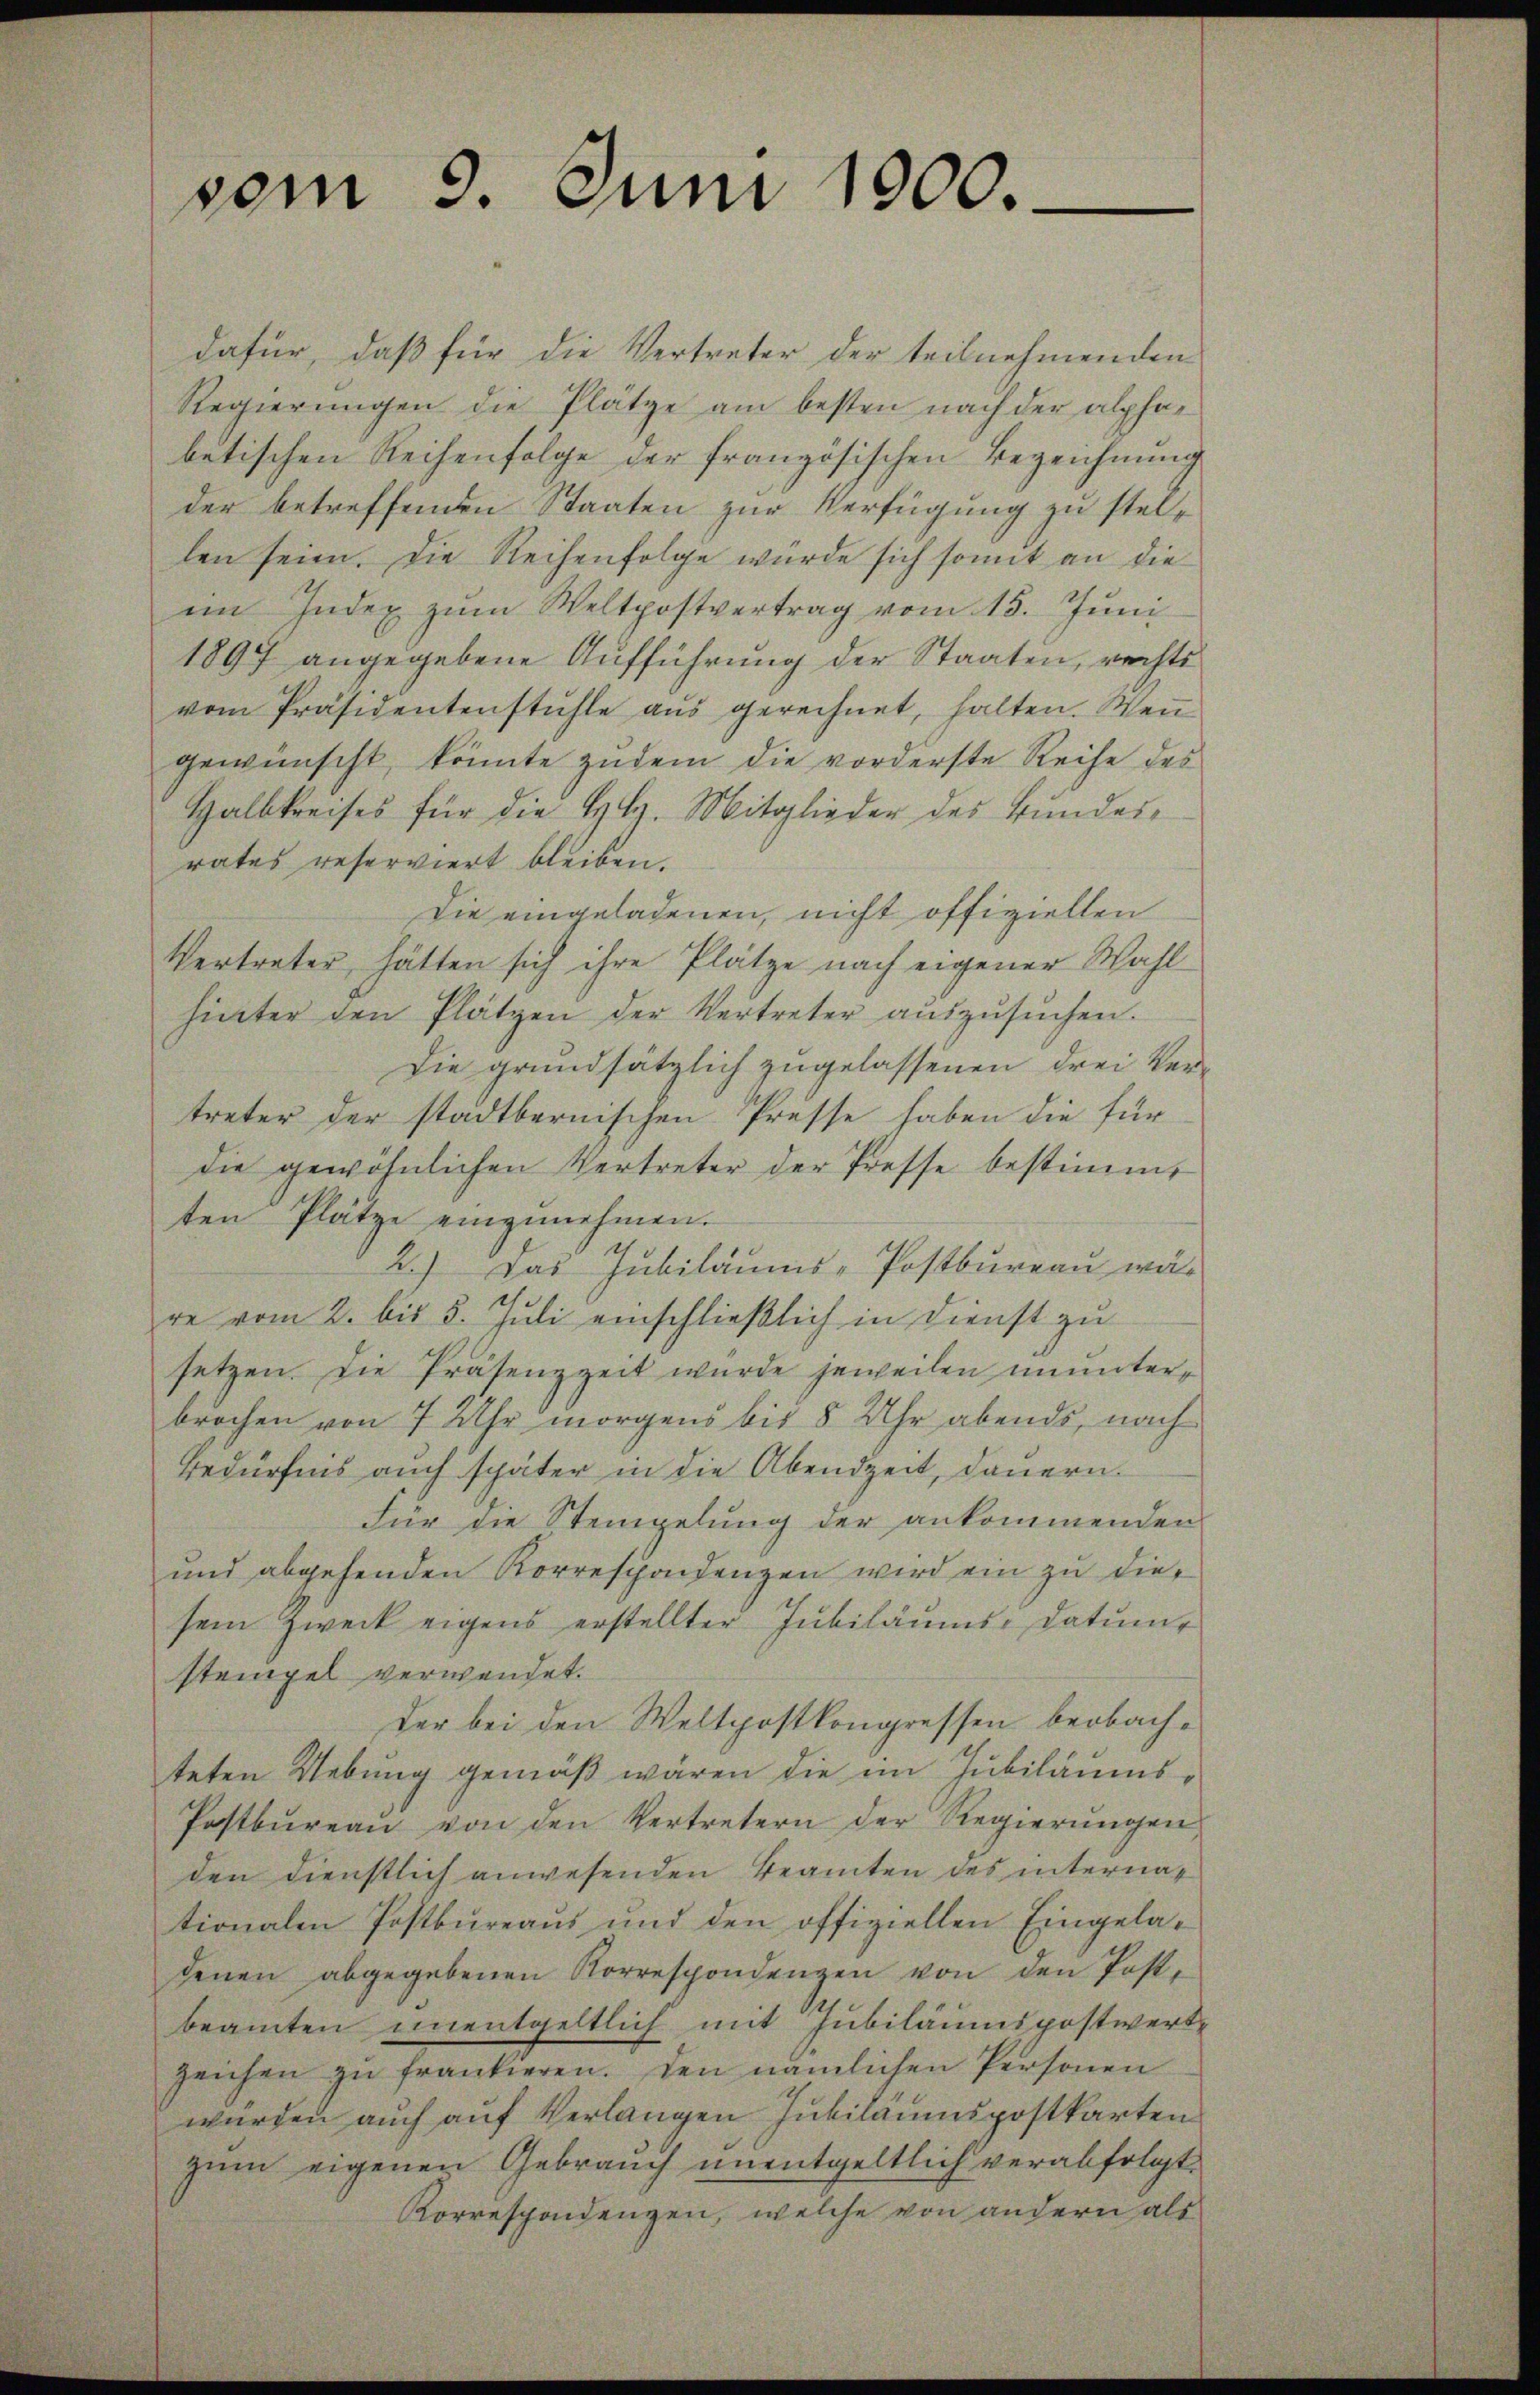
vom 9. Juni 1900.

dafür, daß für die Vertreter der teilnehmenden
Regierungen die Plätze am besten nach der alphabetischen Reihenfolge der französischen Bezeichnung
der betreffenden Staaten zur Verfügung zu stellen seien. Die Reihenfolge würde sich somit an die
im Index zŭm Weltpostvertrag vom 15. Juni
1897 angegebene Aufführung der Staaten, rechts
vom Präsidentenstühle aŭs gerechnet, halten. Weṅ
gewünscht, könnte zudem die vorderste Reihe des
Halbkreises für die H.H. Mitglieder des Bundesrates reserviert bleiben.
Die eingeladenen, nicht offiziellen
Vertreter, hätten sich ihre Plätze nach eigener Wahlhinter den Plätzen der Vertreter aŭszŭsŭchen.
Die grundsätzlich zugelassenen drei Vertreter der stadtbernischen Presse haben die für
die gewöhnlichen Vertreter der Presse bestimmt
ten Plätze einzunehmen.
2.) Das Jubiläums-Postbureau wä
e
re vom 2. bis 5. Juli einschließlich in Dienst zu
setzen. Die Präsenzzeit wurde jeweilen ununterbrochen von 7 Uhr morgend bis 8 Uhr abends, nach
Bedürfnis auch später in die Abendzeit, dauern
Für die Steingelung der ankommenden
und abgehenden Korrespondenzen wird ein zu diesem Zweck eigens erstellter Jubiläums-Datum
stempel verwendet.
der bei den Weltpostkongressen beobachteten Uebung gemäß wären die im Jubiläums¬
Postbüreaŭ von den Vertretern der Regierŭngen,
den dienstlich anwesenden Beamten des internationalen Postbureaus und den offiziellen Eingeladenen abgegebenen Korrespondenzen von den Post-
beamten unentgeltlich mit Jubiläumspostwertzeichen zu frankieren. Den nämlichen Personen
wurden auch auf Verlangen Jubiläumspostkarten
zum eigenen Gebrauch unentgeltlich verabfolgt.
Korrespondenzen, welche von andern als